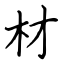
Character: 材